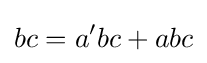
bc=a'bc+abc